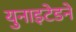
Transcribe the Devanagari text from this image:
युनाइटेडने